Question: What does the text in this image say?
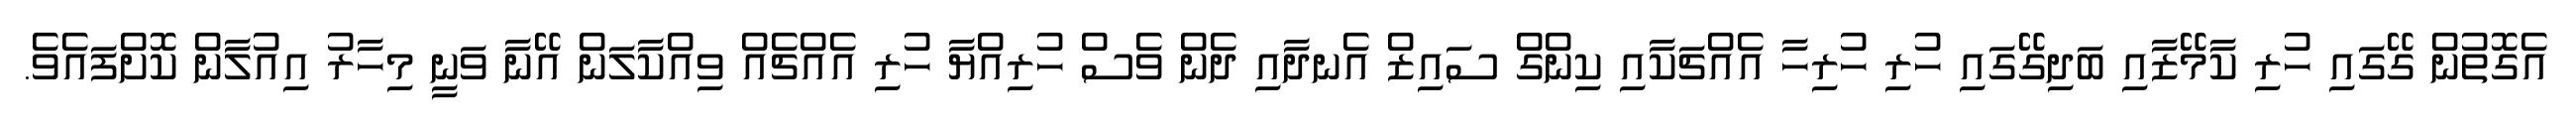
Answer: އެގޮތުން ގޭގައި ހުރި ކާމޭޒާއި ބަދިގޭގައި ހުރި ހުރިހާ އެއްޗަކާއި ކިންގް ސައިޒް އެނދާއި ދެން ވެސް ހުރިއްޔާ ހުރި އެއްޗެއް ވިއްކާލަން އޭނާ ވަނީ މިހާރު އިއުލާން ކޮށްފައެވެ.